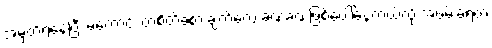
အမှတ်ရနေပြီး မကောင်း တဲ့စိတ်ခံစားချက်တွေ ခဏခဏဖြစ်ပေါ်နေတယ်လို့ အဖမ်းခံရတဲ့